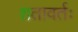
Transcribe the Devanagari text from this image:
शतावर्तः